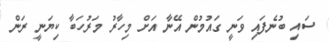
ސައި ބުނެފައި ވަނީ ގައުމުން އޭނާ އަށް މިހާރު މަރުހަބާ ކިޔަނީ ރަން